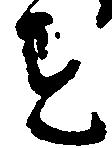
す